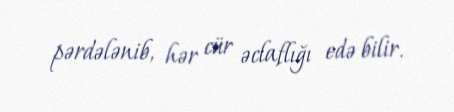
pərdələnib, hər cür əclaflığı edə bilir.